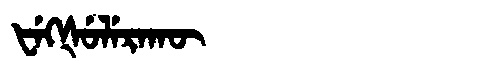
Manchu: ᡶᡝᡴᡧᡠᠯᡝᡵᠠᡴᡡ
Romanization: FEKŠULERAKŪ